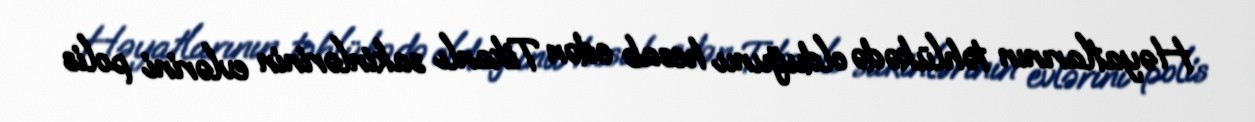
Həyatlarının təhlükədə olduğunu hesab edən Tikanlı sakinlərinin evlərini polis